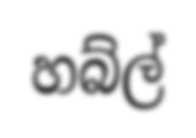
හබ්ල්